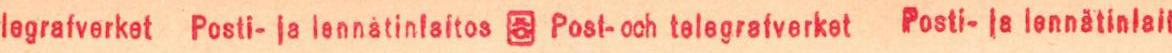
egrafverket  Posti- ja lennätinlaitos  Post- och telegrafverket Posti- ja lennätinlai